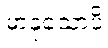
မာနုသောပိ